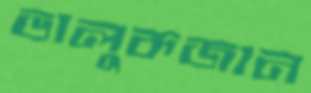
ভালুকজান